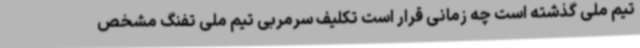
تیم ملی گذشته است چه زمانی قرار است تکلیف سرمربی تیم ملی تفنگ مشخص